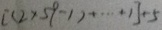
[ ( 2 \times 5 9 - 1 ) + \cdots + 1 ] + 5